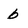
Character: b